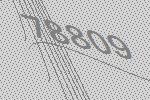
78809